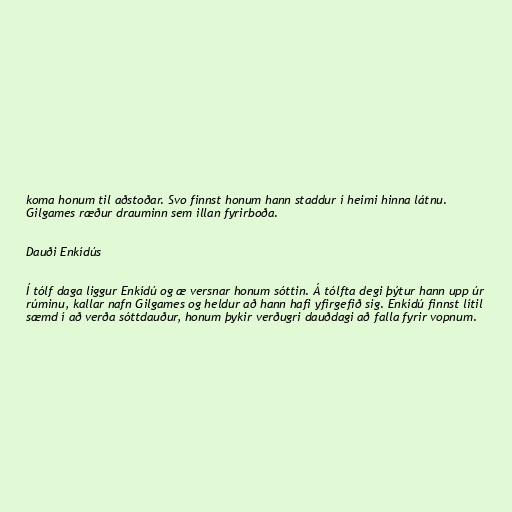
koma honum til aðstoðar. Svo finnst honum hann staddur í heimi hinna látnu.
Gilgames ræður drauminn sem illan fyrirboða.

Dauði Enkídús

Í tólf daga liggur Enkídú og æ versnar honum sóttin. Á tólfta degi þýtur hann upp úr
rúminu, kallar nafn Gilgames og heldur að hann hafi yfirgefið sig. Enkídú finnst lítil
sæmd í að verða sóttdauður, honum þykir verðugri dauðdagi að falla fyrir vopnum.